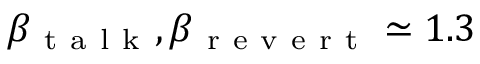
\beta _ { \mathrm { ~ t ~ a ~ l ~ k ~ } } , \beta _ { \mathrm { ~ r ~ e ~ v ~ e ~ r ~ t ~ } } \simeq 1 . 3